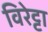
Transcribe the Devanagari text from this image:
विरेट्टा